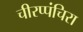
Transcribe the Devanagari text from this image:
चीरप्पंचिरा